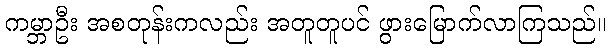
ကမ္ဘာဦး အစတုန်းကလည်း အတူတူပင် ဖွားမြောက်လာကြသည်။